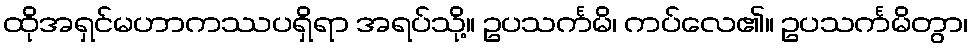
ထိုအရှင်မဟာကဿပရှိရာ အရပ်သို့။ ဥပသင်္ကမိ၊ ကပ်လေ၏။ ဥပသင်္ကမိတွာ၊